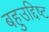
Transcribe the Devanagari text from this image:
बहुउद्दिष्ट